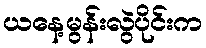
ယနေ့မွန်းလွဲပိုင်းက